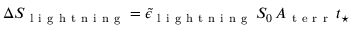
\Delta S _ { \mathrm { ~ l ~ i ~ g ~ h ~ t ~ n ~ i ~ n ~ g ~ } } = \tilde { \epsilon } _ { \mathrm { ~ l ~ i ~ g ~ h ~ t ~ n ~ i ~ n ~ g ~ } } \, S _ { 0 } \, A _ { \mathrm { ~ t ~ e ~ r ~ r ~ } } \, t _ { \star }